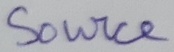
Text: Source